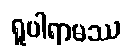
ရူပါရာမဿ